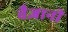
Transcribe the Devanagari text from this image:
वैज्ञानी